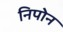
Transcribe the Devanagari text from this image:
निपोन